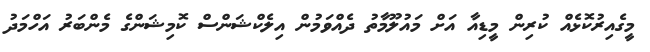
މީގެއިރުކޮޅެއް ކުރިން މީޑިއާ އަށް މައުލޫމާތު ދެއްވަމުން އިލެކްޝަންސް ކޮމިޝަންގެ މެންބަރު އަހްމަދު